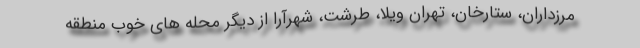
مرزداران، ستارخان، تهران ویلا، طرشت، شهرآرا از دیگر محله های خوب منطقه